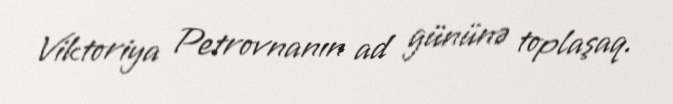
Viktoriya Petrovnanın ad gününə toplaşaq.